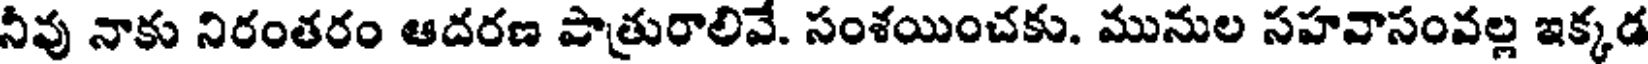
నీవు నాకు నిరంతరం ఆదరణ పాత్రురాలివే. సంశయించకు. మునుల సహవాసంవల్ల ఇక్కడ